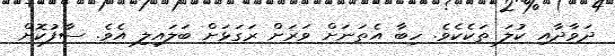
ދަވާދާއި ކުލަ ތަކެކެވެ. ހިބާ އެތަނަށް ވަރަށް ރަގަޅަށް ބަލައިލި އެވެ. ސާފުކޮށް